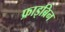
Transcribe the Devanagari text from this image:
फ्राइब्रिन